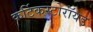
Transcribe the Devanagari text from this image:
कर्टिकस्टोरॉयड